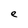
Character: e